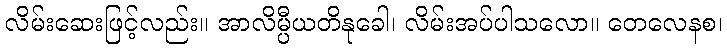
လိမ်းဆေးဖြင့်လည်း။ အာလိမ္ပီယတိနုခေါ၊ လိမ်းအပ်ပါသလော။ တေလေနစ၊